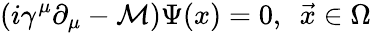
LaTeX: (i\gamma^{\mu}\partial_{\mu}-\mathcal{M})\Psi(x)=0,\ \ \vec{{x}}\in\Omega